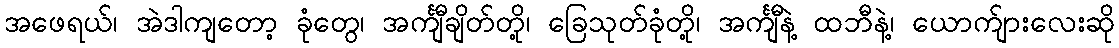
အဖေရယ်၊ အဲဒါကျတော့ ခုံတွေ၊ အင်္ကျီချိတ်တို့၊ ခြေသုတ်ခုံတို့၊ အင်္ကျီနဲ့ ထဘီနဲ့၊ ယောက်ျားလေးဆို